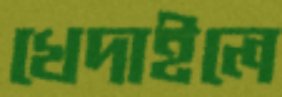
খেদাইলে